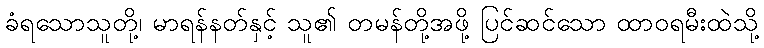
ခံရသောသူတို့၊ မာရန်နတ်နှင့် သူ၏ တမန်တို့အဖို့ ပြင်ဆင်သော ထာဝရမီးထဲသို့